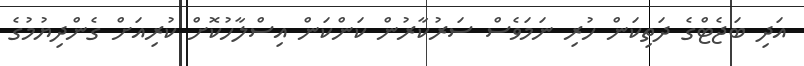
އަދި ބަޖެޓްގެ ދަތިކަން ހުރި ނަމަވެސް ސަރުކާރުން ކަންކަން އިސްލާހުކޮށް ކުރިއަށް ގެންދިޔުމުގެ